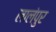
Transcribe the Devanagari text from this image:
लालंपुर